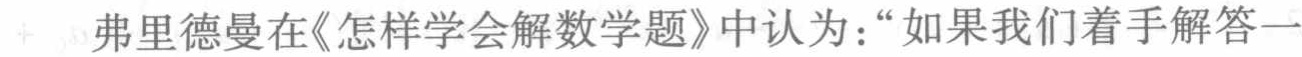
弗里德曼在《怎样学会解数学题》中认为：“如果我们着手解答一